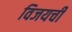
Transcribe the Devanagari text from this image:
विजयची